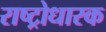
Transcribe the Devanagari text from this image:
राष्ट्रोधारक